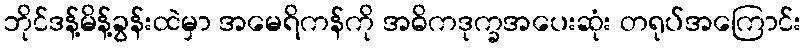
ဘိုင်ဒန့်မိန့်ခွန်းထဲမှာ အမေရိကန်ကို အဓိကဒုက္ခအပေးဆုံး တရုပ်အကြောင်း